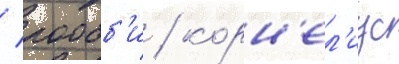
/ робб'и / корн'ел'иус